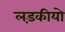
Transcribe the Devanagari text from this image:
लड़कीयो